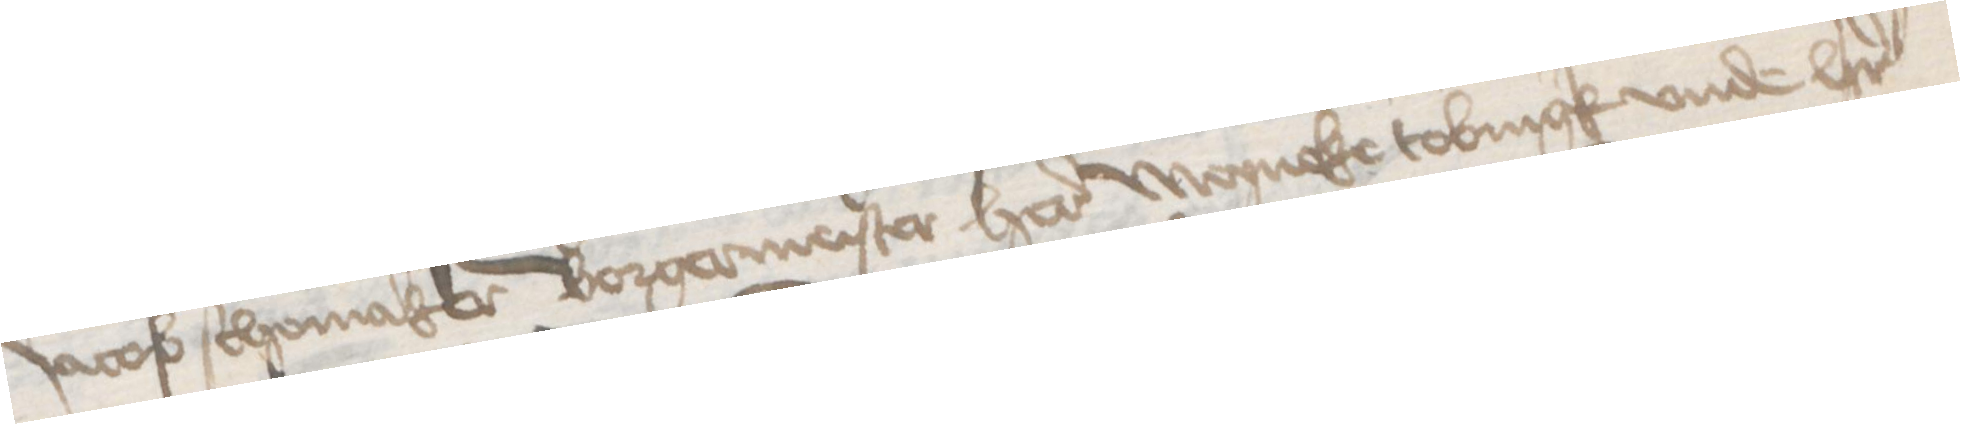
Jacob Schomaker Borgermeister here Meyneke Tobringk vnde her